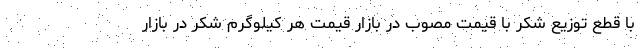
با قطع توزیع شکر با قیمت مصوب در بازار قیمت هر کیلوگرم شکر در بازار